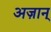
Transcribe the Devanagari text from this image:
अज़ान्